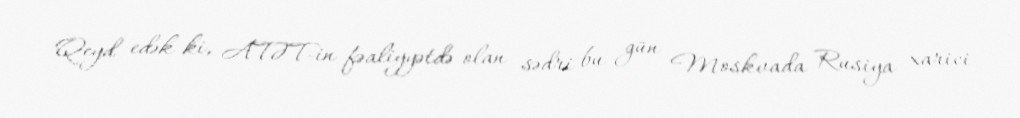
Qeyd edək ki, ATƏT-in fəaliyyətdə olan sədri bu gün Moskvada Rusiya xarici